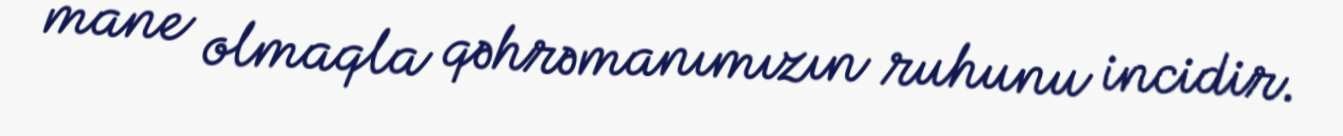
mane olmaqla qəhrəmanımızın ruhunu incidir.